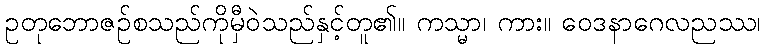
ဥတုဘောဇဉ်စသည်ကိုမှီဝဲသည်နှင့်တူ၏။ ကသ္မာ၊ ကား။ ဝေဒနာဂေလညဿ၊